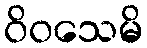
ဝိဝသေမိ